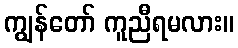
ကျွန်တော် ကူညီရမလား။